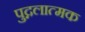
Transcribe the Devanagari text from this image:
पुद्गलात्मक